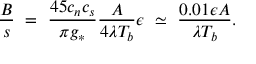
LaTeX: { \frac { B } { s } } ~ = ~ { \frac { 4 5 c _ { n } c _ { s } } { \pi g _ { * } } } { \frac { A } { 4 \lambda T _ { b } } } \epsilon ~ \simeq ~ { \frac { 0 . 0 1 \epsilon A } { \lambda T _ { b } } } .